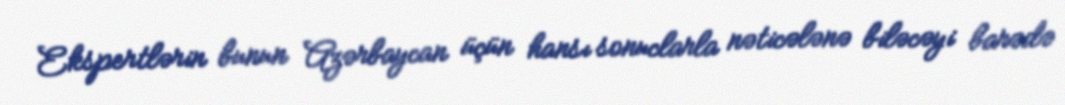
Ekspertlərin bunun Azərbaycan üçün hansı sonuclarla nəticələnə biləcəyi barədə